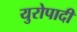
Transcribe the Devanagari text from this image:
युरोपादी